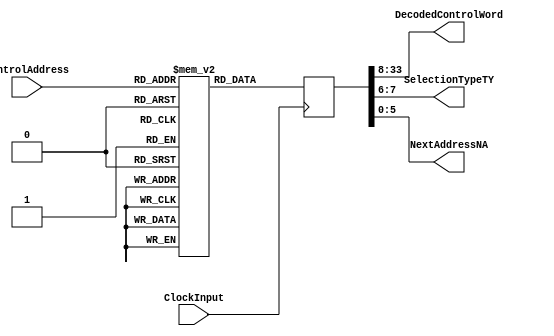
`timescale 1ns / 1ps
//////////////////////////////////////////////////////////////////////////////////
// Company: 
// Engineer: 
// 
// Design Name: 
// Module Name: ControlStoreUnit
// Project Name: 
// Target Devices: 
// Tool Versions: 
// Description: 
// 
// Dependencies: 
// 
// Revision:
// Revision 0.01 - File Created
// Additional Comments:
// 
//////////////////////////////////////////////////////////////////////////////////


module ControlStoreUnit(
    input ClockInput,
    input [5:0] ControlAddress,
    output [25:0] DecodedControlWord,
    output [1:0] SelectionTypeTY,
    output [5:0] NextAddressNA
    );
    
    reg[33:0] ControlStoreMEM [35:0]; // 35 StateIDs stored, each has a data of 34-bit containing <DecodedControlWord | TY | NextAddress>
    reg[35:0] ControlWord=0;
    
    always@(posedge ClockInput)
    begin
        ControlWord<=ControlStoreMEM[ControlAddress];
    end    
    
    assign DecodedControlWord=ControlWord[33:8];
    assign SelectionTypeTY=ControlWord[7:6];
    assign NextAddressNA=ControlWord[5:0];
    
    initial begin
        ControlStoreMEM[0]=34'b0000000000000000000000000011001101;
        ControlStoreMEM[1]=34'b0010011010000000000001001111000010;
        ControlStoreMEM[2]=34'b0000000110000000000100000011000011;
        ControlStoreMEM[3]=34'b0000000101100000000000001111000100;
        ControlStoreMEM[4]=34'b0010010110000000010000000001000000;
        ControlStoreMEM[5]=34'b0100010000100000100000000001000000;
        ControlStoreMEM[6]=34'b0010101011101000100001001111000111;
        ControlStoreMEM[7]=34'b1000001000110000001011010100000000;
        ControlStoreMEM[8]=34'b0101000011000000000011010111001001;
        ControlStoreMEM[9]=34'b0010101010000000000001001111001010;
        ControlStoreMEM[10]=34'b1000000000110000001000000000000000;
        ControlStoreMEM[11]=34'b0010100100000000000001001110001101;
        ControlStoreMEM[12]=34'b1000000000110000001000000000000000;
        ControlStoreMEM[13]=34'b0010101010000000000001001111001110;
        ControlStoreMEM[14]=34'b1000000000110000001000000000000000;
        ControlStoreMEM[15]=34'b0010101010101000100001001111010000;
        ControlStoreMEM[16]=34'b1000001000110000001011010100000000;
        ControlStoreMEM[17]=34'b0010101010010010100001001111010010;
        ControlStoreMEM[18]=34'b1000001000110000001011010100000000;
        ControlStoreMEM[19]=34'b0010101011100000100001001111010100;
        ControlStoreMEM[20]=34'b1000001000110000001011010100000000;
        ControlStoreMEM[21]=34'b0000000011100000000000111111010110;
        ControlStoreMEM[22]=34'b0101000111000000000000000011010111;
        ControlStoreMEM[23]=34'b0010101010000000000001001111011000;
        ControlStoreMEM[24]=34'b1000000000110000001000000000000000;
        ControlStoreMEM[25]=34'b0000000010100000000000111111011010;
        ControlStoreMEM[26]=34'b0010101010110010000001001111011011;
        ControlStoreMEM[27]=34'b1000000000110000001000000000000000;
        ControlStoreMEM[28]=34'b0010010100000000000001001111011101;
        ControlStoreMEM[29]=34'b0000000111101001000000000011011110;
        ControlStoreMEM[30]=34'b0010101010000000000001001111011111;
        ControlStoreMEM[31]=34'b1000000000110000001000000000000000;
        ControlStoreMEM[32]=34'b0000000100000000000010001111100001;
        ControlStoreMEM[33]=34'b0101000010110010000000000011100010;
        ControlStoreMEM[34]=34'b0010101010000000000001001111100011;
        ControlStoreMEM[35]=34'b1000000000110000001000000000000000;
    end
    
endmodule